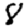
Digit: 8